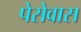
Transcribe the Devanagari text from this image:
पेसेवास